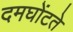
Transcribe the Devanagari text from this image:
दमघोंटते